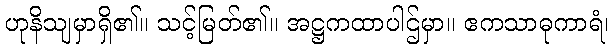
ဟုနိသျမှာရှိ၏။ သင့်မြတ်၏။ အဋ္ဌကထာပါဌ်မှာ။ ဧကသာဓုကာရံ၊